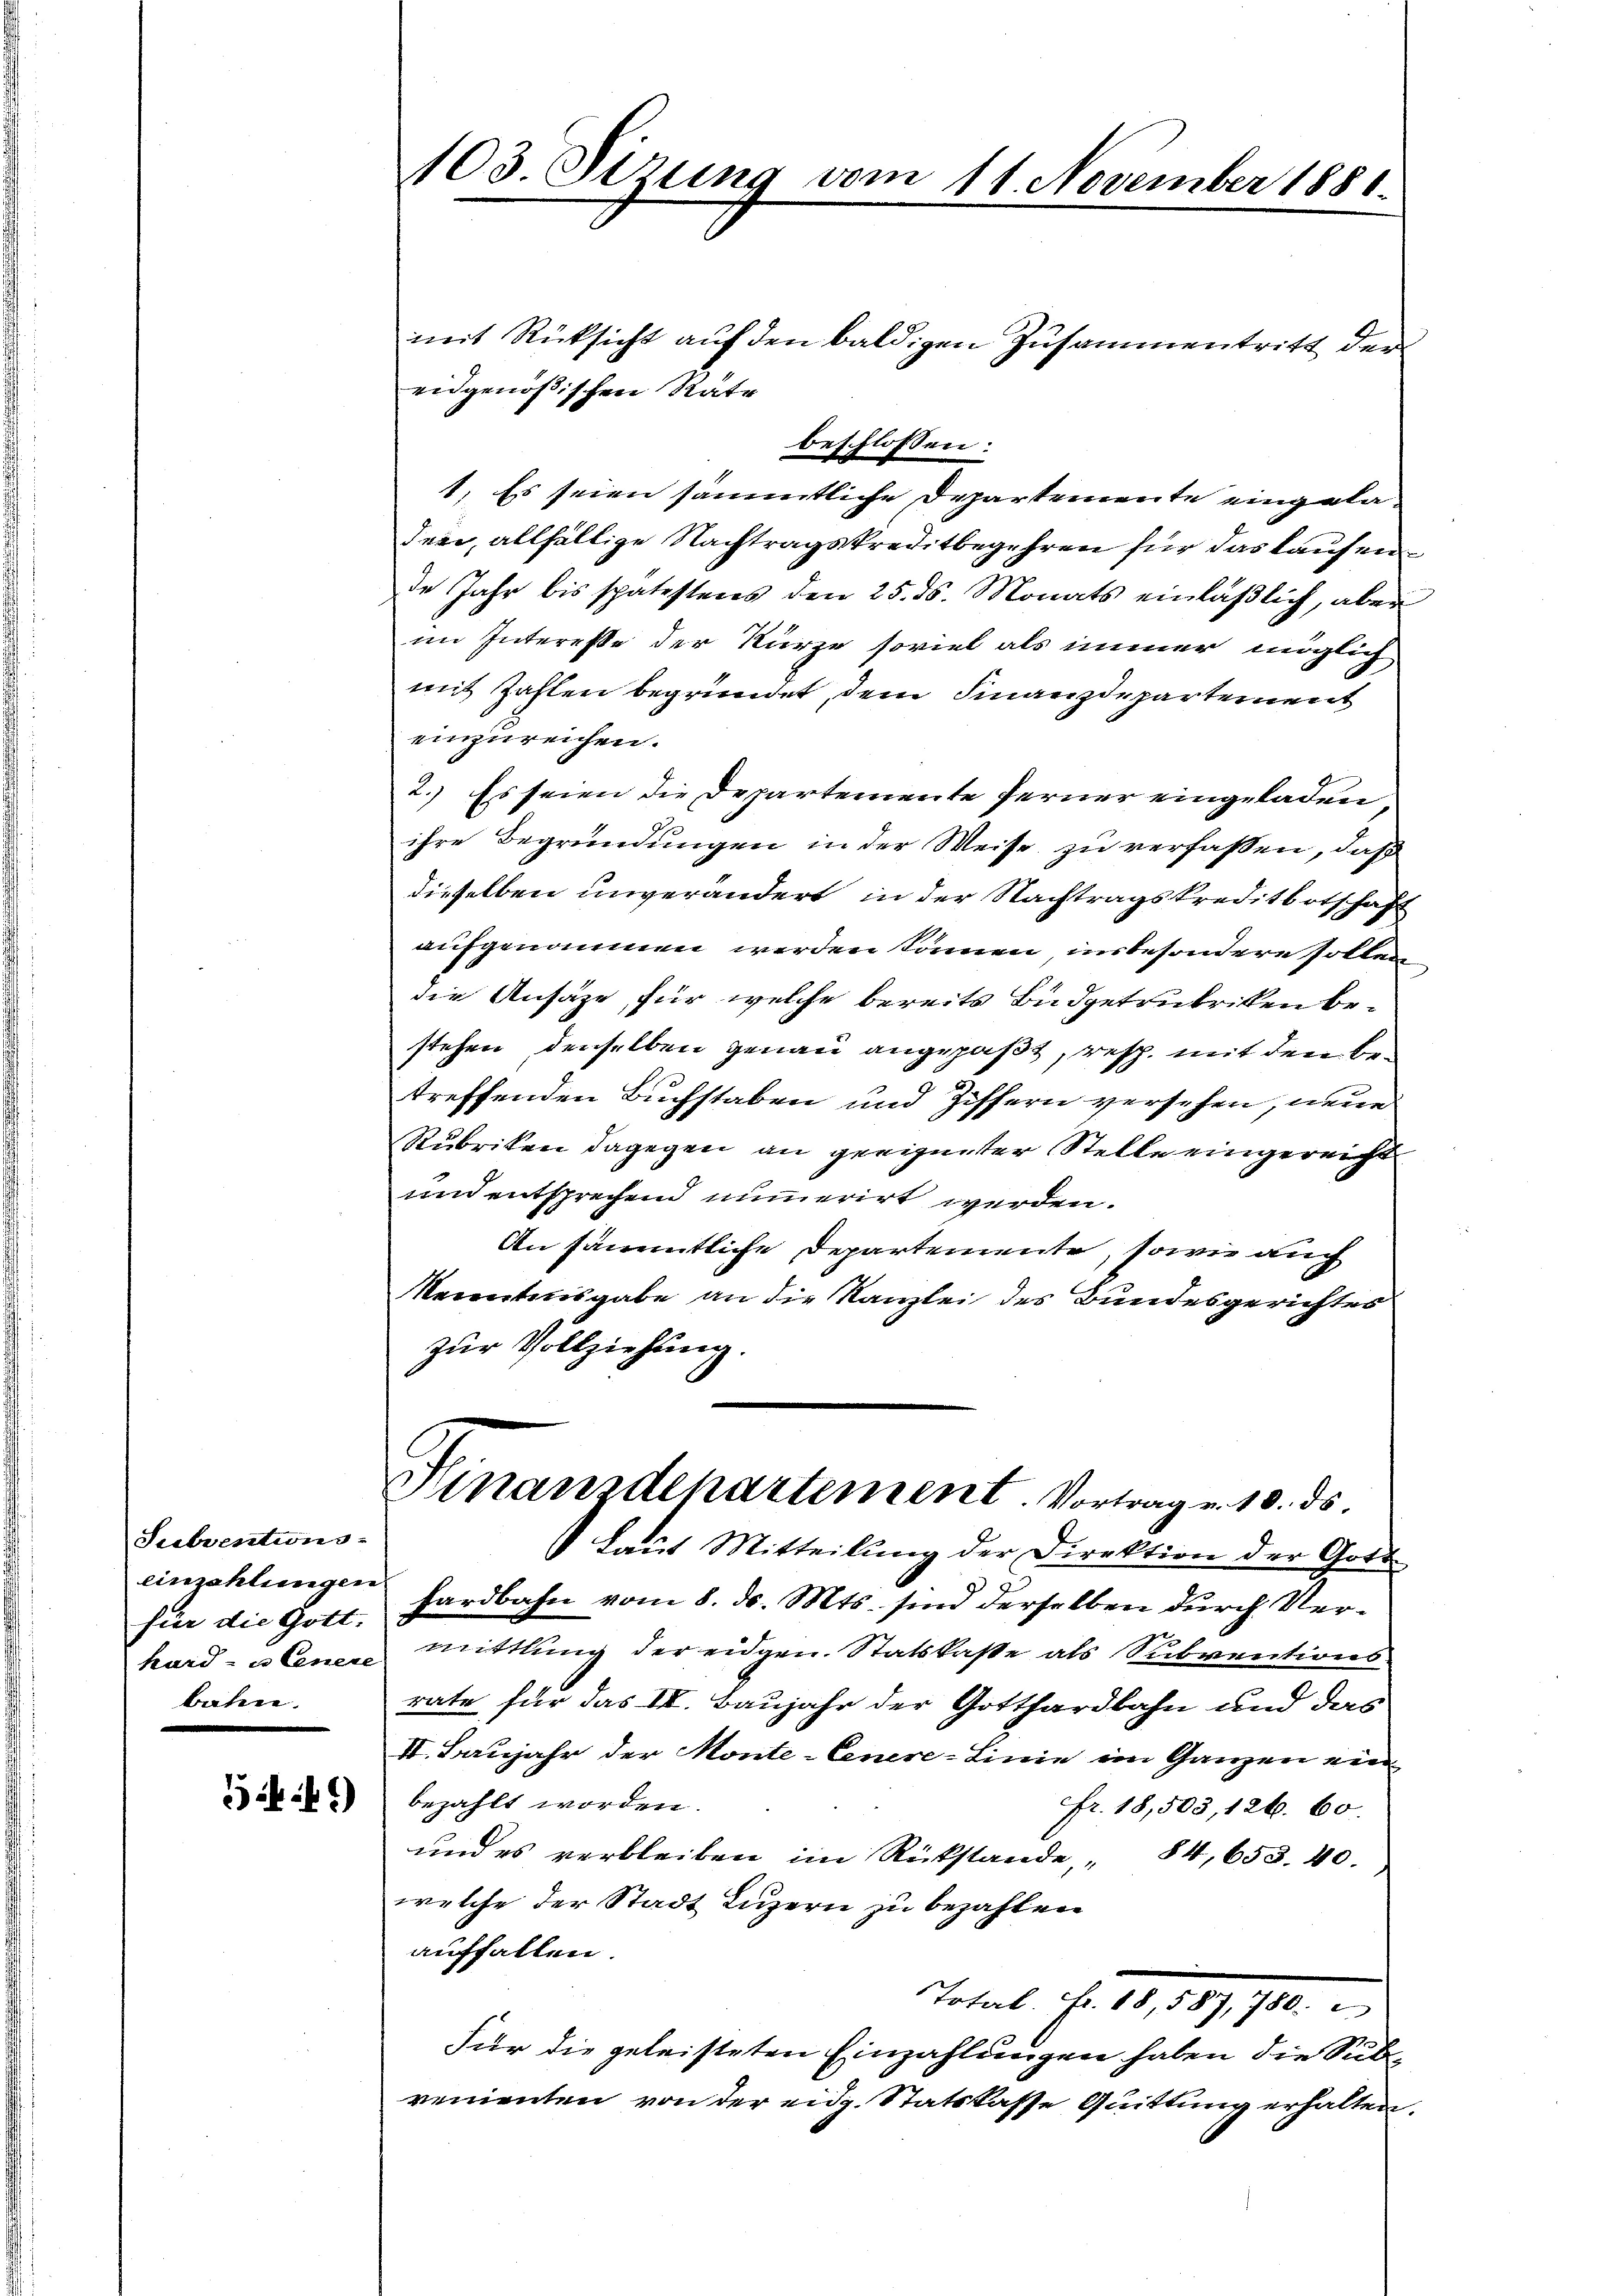
Subventions-
für die Gott.
kurd- u Genere
baten.

541)

103. Sizung vom 11. November 1886.

mit Rücksicht auf den baldigen Zusammentritt der
eidgenößischen Rate
beschlossen:
1. Es seien sämmtliche Departemente eingeladen, allfällige Nachtragskreditbegehren für das kaufende Jahr bis spätestens den 25. ds. Monats einläßlich, aber
im Interesse der Kurze soviel als immer möglich
mit Zahlen begründet, dem Finanzdepartement
einzureichen.
2.) Es seien die Departemente ferner eingeladen,
ihre Begründungen in der Weise zu verfassen, daß
dieselben unverändert, in der Nachtragskreditortschaft
aufgenommen werden können, insbesondere sollen
die Ansätze, für welche bereits Budgetrubriken bestehen, denselben genau angepaßt, resp. mit den Betreffenden Buchstaben und Ziffern versehen, neue
Rubriken dagegen an geeigneter Stelle eingereicht
und entsprechend numerirt werden.
An sämmtliche Departemente, sowie auch
Kenntnisgabe an die Kanzlei des Bundesgerichtes
zur Vollziehung.
Hinanzdepartement. Vortrag v. 10. ds.
Laut Mitteilung der Direktion der Gott
einzahlungen hardbahn vom 8. ds. Mts. sind derselben durch Vermittlung der eidgen. Statskasse als Subventions
rate für das III. Baujahr der Gotthardbahn und das
II. Baujahr der Monte-Cenere-Linie im Ganzen ein
bezahlt worden.
fr. 18,503, 126. 60.
und es verbleiben im Rückstände, „ 84, 653. 40.
welche der Stadt Luzern zu bezahlen
auffallen.
Total. Fr. 18,587, 780.
Für die geleisteten Einzahlungen haben die Subrementen von der eidg. Statskasse Quittung erhalten.